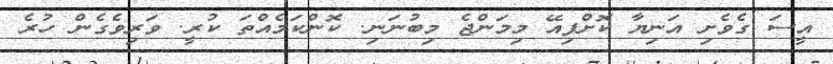
އީސަ ގެވެށި އަނިޔާ ކޮށްފިއޭ މިމަންޖެ މިބުނަނި. ކޮންކަމެއްތަ ކުރީ. ވަރިވެގެން ހުރެ